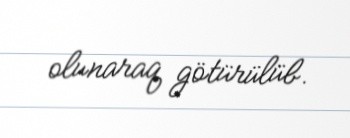
olunaraq götürülüb.